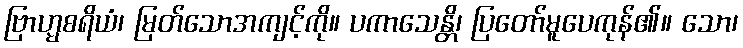
ဗြာဟ္မစရိယံ၊ မြတ်သောအကျင့်ကို။ ပကာသေန္တိ၊ ပြတော်မူပေကုန်၏။ သော၊